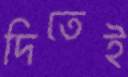
দিতেই